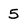
Character: 5